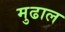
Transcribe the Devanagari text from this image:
मुढाल